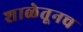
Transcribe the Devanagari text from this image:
शाळेतूनच